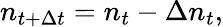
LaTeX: n_{t+\Delta t}=n_{t}-\Delta n_{t},